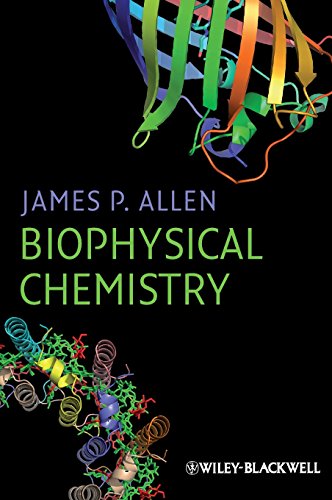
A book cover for Biophysical Chemistry; James P. Allen; Science & Math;